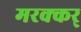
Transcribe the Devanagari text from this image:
मरक्कर्